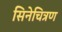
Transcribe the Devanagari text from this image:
सिनेचित्रण